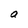
Character: a